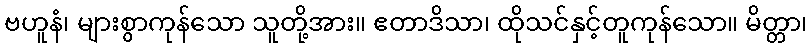
ဗဟူနံ၊ များစွာကုန်သော သူတို့အား။ ဧတာဒိသာ၊ ထိုသင်နှင့်တူကုန်သော။ မိတ္တာ၊